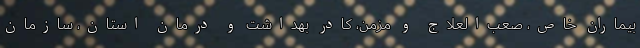
بیماران خاص، صعب‌العلاج و مزمن، کادر بهداشت و درمان استان، سازمان